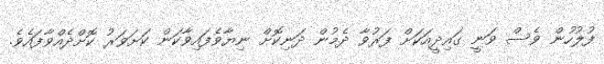
ފުލުހުން ވެސް ވަނީ ގައިދީއަކަށް ފަރުވާ ދެމުން ދަނިކޮށް ނިޔާވެފައިވާކަން ކަށަވަރު ކޮށްދެއްވާފައެވެ.